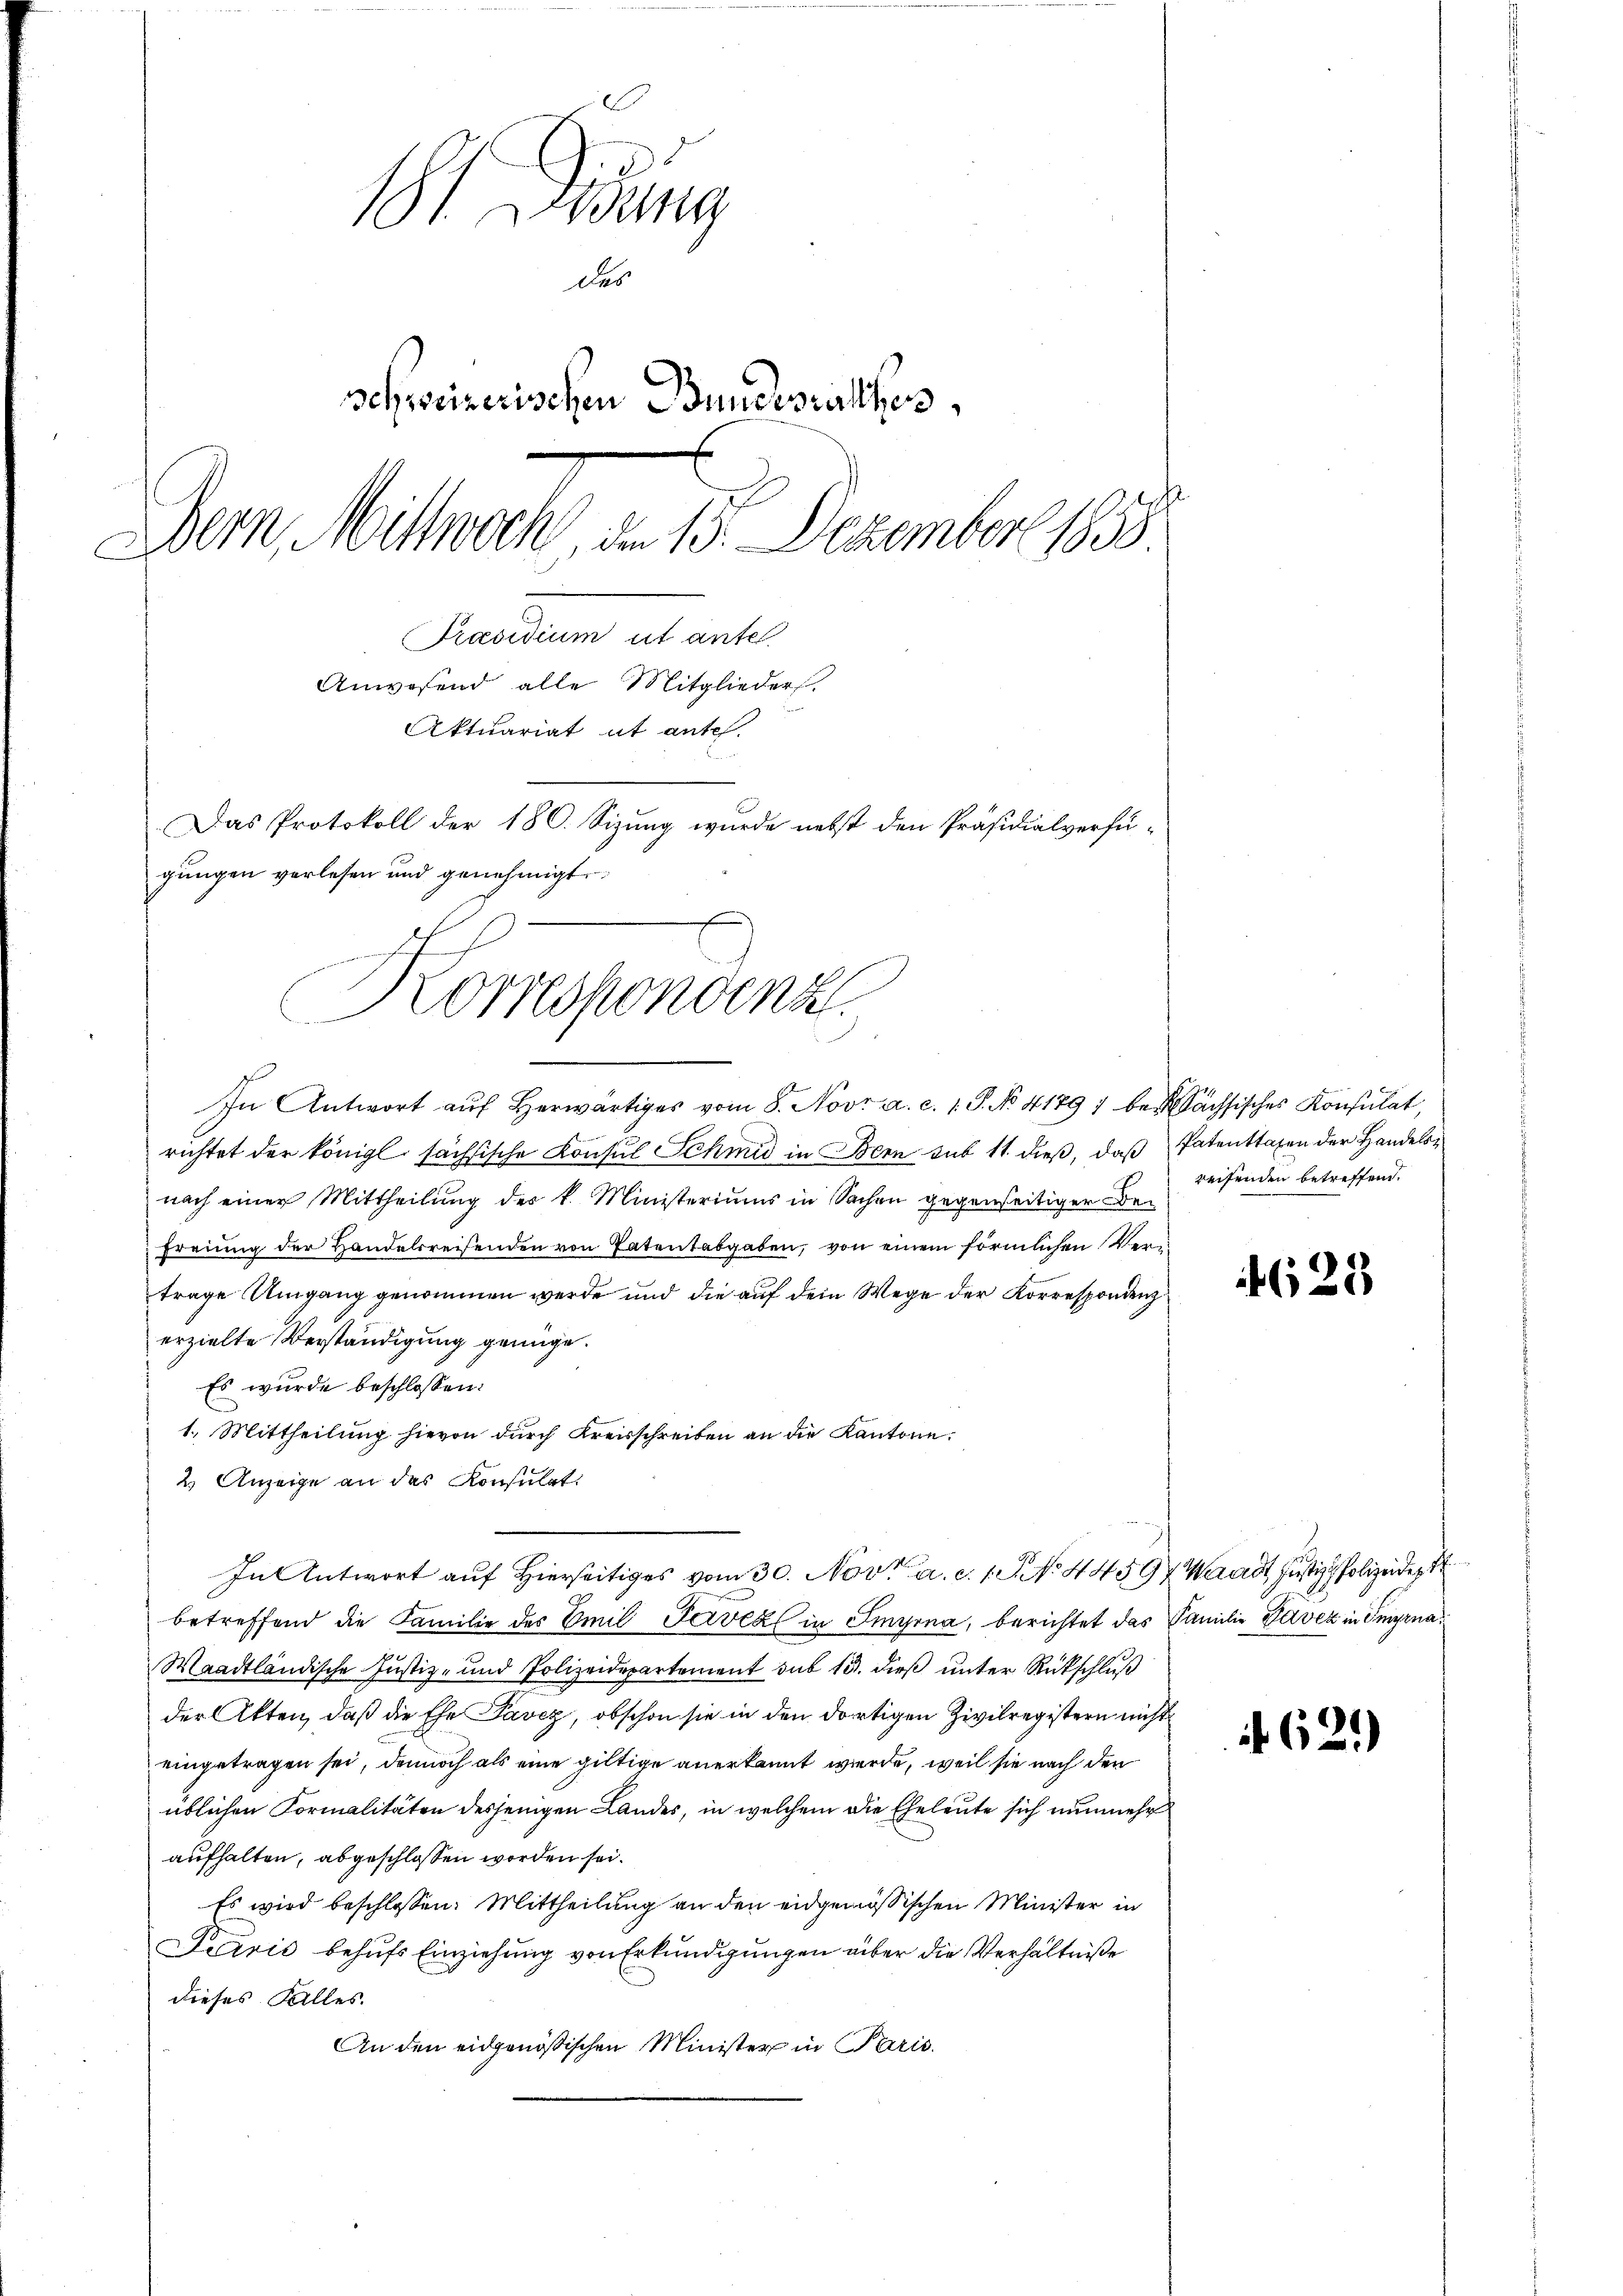
18t Jung
des
schweizerischen Bundesrathes
Bern, Mittwoch, den 15. Dezember 1858.
Präsidium ut ante
Anwesend alle Mitglieders.
Aktuariat et ante.
Das Protokoll der 180. Sizung wurde nebst den Präsidialverfügungen verlesen und genehmigt.

Korrespondenz

In Antwort aŭf herwärtiges vom 8. Nov. a. c. 1. P. No 41791 bei Sächsisches Konsulat,
richtet der königl. sächsische Konsul Schmid in Bern sub 11 dieß, daß Patenttaxen der Handelsnach einer Mittheilung des k. Ministeriums in Sachen gegenseitiger Befreiung der Handelsreifenden von Patentabgaben, von einem förmlichen Vertrage Umgang genommen werde und die auf dem Wege der Korrespondenz
erzielte Verständigung genüge.
 Es wurde beschlossen:
1. Mittheilung hievon durch Kreisschreiben an die Kantone.
2.) Anzeige an das Konsulat
In Antwort auf Hierseitiges vom 30. Nov. a. c. 1. No 44594 Waadt, Justiz, Polizeide
betreffend die Familie des Emil Jereal in Smyrna, berichtet das Familie Daver in Imyrna¬
Waadtländische Justiz- und Polizeidepartement sub 15. dieß unter Rückschluß
der Akten, daß die Ehe Pavez, obschon sie in den dortigen Zivilregistern nicht
eingetragen sei, dennoch als eine giltige anerkannt wurde, weil sie nach den
üblichen Formalitäten desjenigen Landes, in welchem die Eheleute sich nunmehr
aufhalten, abgeschlossen worden sei.
Es wird beschlossen: Mittheilung an den eidgenössischen Minister in
Perić behufs Einziehung von Erkundigungen über die Verhältniße
dieses Falles.
An den eidgenößischen Minister in Paris.

reifenden betreffend.

4625

62.)